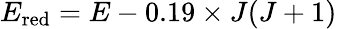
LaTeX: E_{\mathrm{red}}=E-0.19\times J(J+1)